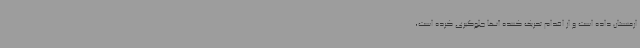
ارمنستان داده‌ است و از اقدام تحریک کننده آنها جلوگیری کرده‌ است،